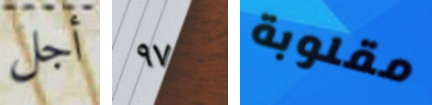
أجل ٩٧ مقلوبة